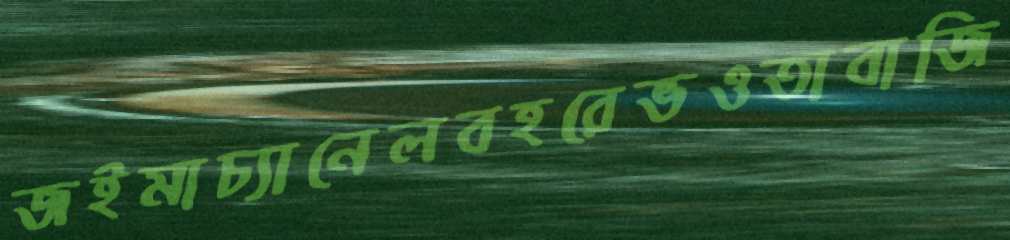
জইমাচ্যানেলবহরেভওতাবাজি